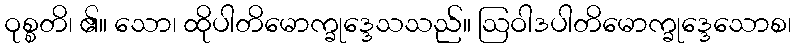
ဝုစ္စတိ၊ ၏။ သော၊ ထိုပါတိမောက္ခုဒ္ဒေသသည်။ ဩဝါဒပါတိမောက္ခုဒ္ဒေသောစ၊